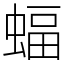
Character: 蝠